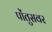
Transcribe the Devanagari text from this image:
पोंतुसवर